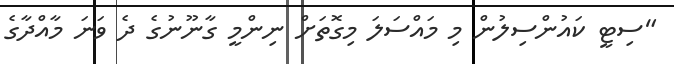
"ސިޓީ ކައުންސިލުން މި މައްސަލަ މިގޮތަށް ނިންމީ ގާނޫނުގެ ދެ ވަނަ މާއްދާގެ